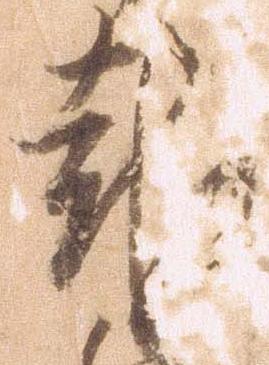
報